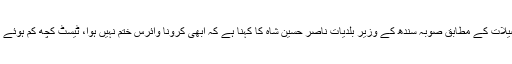
تفصیلات کے مطابق صوبہ سندھ کے وزیر بلدیات ناصر حسین شاہ کا کہنا ہے کہ ابھی کرونا وائرس ختم نہیں ہوا، ٹیسٹ کچھ کم ہوئے ہیں۔